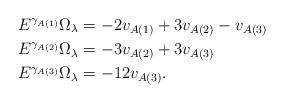
LaTeX: \begin{align*}E^{\gamma_{A(1)}}\Omega_\lambda&= -2v_{A(1)}+3v_{A(2)}-v_{A(3)}\\E^{\gamma_{A(2)}}\Omega_\lambda&= -3v_{A(2)}+3v_{A(3)}\\E^{\gamma_{A(3)}}\Omega_\lambda&= -12v_{A(3)}.\end{align*}